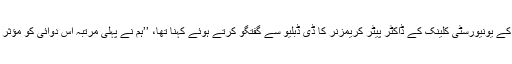
جرمن شہر ٹیوبِنگن کے یونیورسٹی کلینک کے ڈاکٹر پیٹر کریمزنر کا ڈی ڈبلیو سے گفتگو کرتے ہوئے کہنا تھا، ’’ہم نے پہلی مرتبہ اس دوائی کو مؤثر ثابت کر دکھایا ہے۔